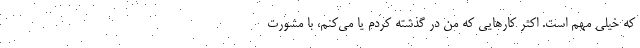
که خیلی مهم است. اکثر کارهایی که من در گذشته کردم یا می‌کنم، با مشورت